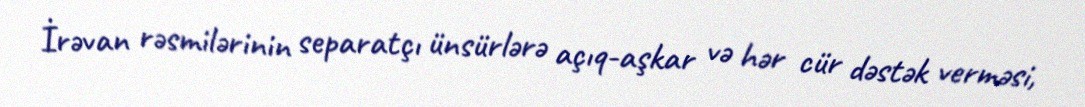
İrəvan rəsmilərinin separatçı ünsürlərə açıq-aşkar və hər cür dəstək verməsi,